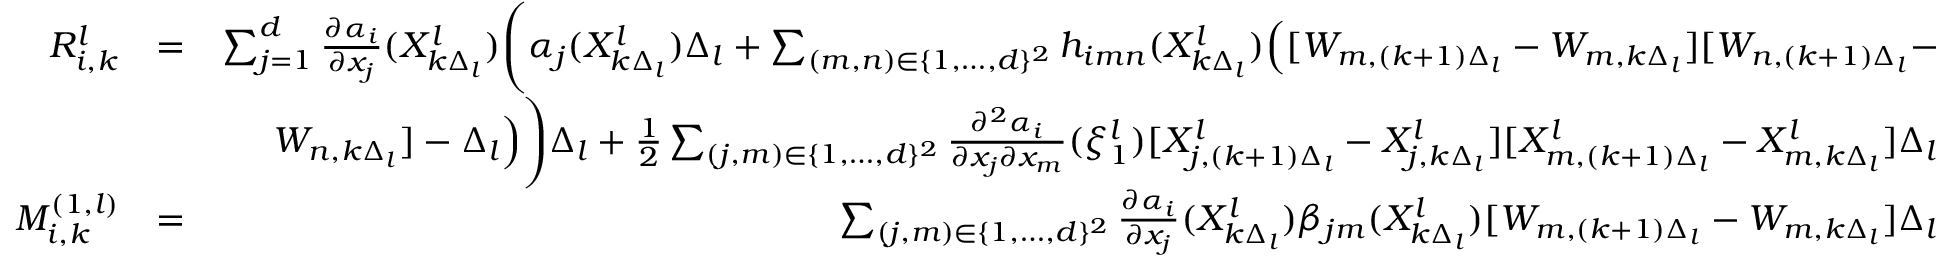
\begin{array} { r l r } { R _ { i , k } ^ { l } } & { = } & { \sum _ { j = 1 } ^ { d } \frac { \partial \alpha _ { i } } { \partial x _ { j } } ( X _ { k \Delta _ { l } } ^ { l } ) \Bigg ( \alpha _ { j } ( X _ { k \Delta _ { l } } ^ { l } ) \Delta _ { l } + \sum _ { ( m , n ) \in \{ 1 , \dots , d \} ^ { 2 } } h _ { i m n } ( X _ { k \Delta _ { l } } ^ { l } ) \Big ( [ W _ { m , ( k + 1 ) \Delta _ { l } } - W _ { m , k \Delta _ { l } } ] [ W _ { n , ( k + 1 ) \Delta _ { l } } - } \\ & { } & { W _ { n , k \Delta _ { l } } ] - \Delta _ { l } \Big ) \Bigg ) \Delta _ { l } + \frac { 1 } { 2 } \sum _ { ( j , m ) \in \{ 1 , \dots , d \} ^ { 2 } } \frac { \partial ^ { 2 } \alpha _ { i } } { \partial x _ { j } \partial x _ { m } } ( \xi _ { 1 } ^ { l } ) [ X _ { j , ( k + 1 ) \Delta _ { l } } ^ { l } - X _ { j , k \Delta _ { l } } ^ { l } ] [ X _ { m , ( k + 1 ) \Delta _ { l } } ^ { l } - X _ { m , k \Delta _ { l } } ^ { l } ] \Delta _ { l } } \\ { M _ { i , k } ^ { ( 1 , l ) } } & { = } & { \sum _ { ( j , m ) \in \{ 1 , \dots , d \} ^ { 2 } } \frac { \partial \alpha _ { i } } { \partial x _ { j } } ( X _ { k \Delta _ { l } } ^ { l } ) \beta _ { j m } ( X _ { k \Delta _ { l } } ^ { l } ) [ W _ { m , ( k + 1 ) \Delta _ { l } } - W _ { m , k \Delta _ { l } } ] \Delta _ { l } } \end{array}